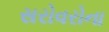
સરોવરોના